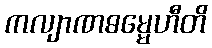
ကလျာဏဓမ္မေဟီတိ